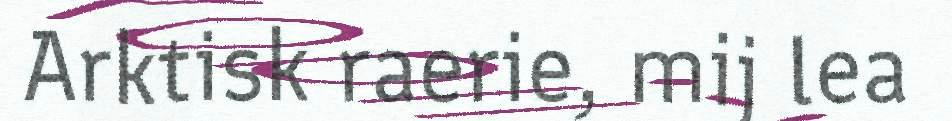
Arktisk raerie, mij lea